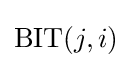
{\text{BIT}}(j,i)